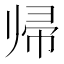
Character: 帰